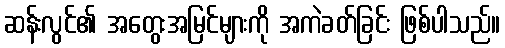
ဆန်းလွင်၏ အတွေးအမြင်များကို အကဲခတ်ခြင်း ဖြစ်ပါသည်။